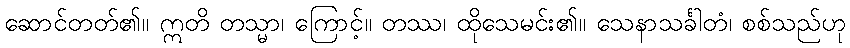
ဆောင်တတ်၏။ ဣတိ တသ္မာ၊ ကြောင့်။ တဿ၊ ထိုသေမင်း၏။ သေနာသင်္ခါတံ၊ စစ်သည်ဟု